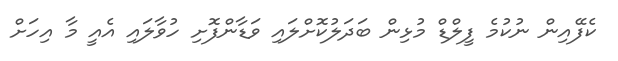
ކެފޭއިން ނުކުމެ ފީލްޑް މުޅިން ބަދަލުކޮށްލައި ވަޑާންފޮށި ހުުވާލައި އެއީ މާ އިހަށް